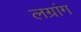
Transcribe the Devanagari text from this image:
लग्रांग